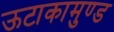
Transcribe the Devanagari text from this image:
ऊटाकामुण्ड